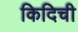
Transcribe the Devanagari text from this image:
किदिची